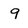
Character: g